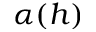
\alpha ( h )